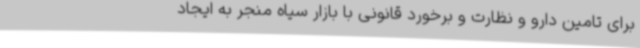
برای تامین دارو و نظارت و برخورد قانونی با بازار سیاه منجر به ایجاد